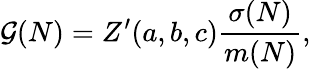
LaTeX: \mathcal{G}(N)=Z^{\prime}(a,b,c)\frac{\sigma(N)}{m(N)},